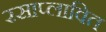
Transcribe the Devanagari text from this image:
रसाप्लावित